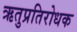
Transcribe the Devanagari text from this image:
ऋतुप्रतिरोधक